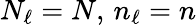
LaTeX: N_{\ell}=N,\, n_{\ell}=n